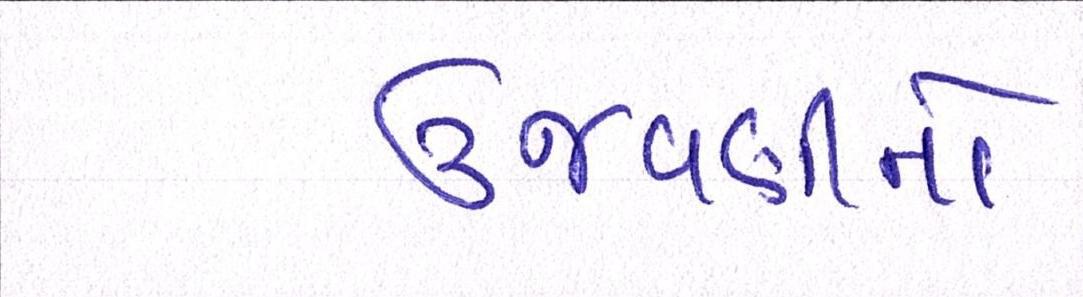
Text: ઉજવણીનો